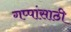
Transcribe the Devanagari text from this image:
गप्पांसाठी